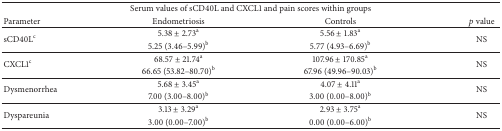
<table><thead><tr><td colspan="4"><b>Serum values of sCD40L and CXCL1 and pain scores within groups </b></td></tr><tr><td><b>Parameter</b></td><td><b>Endometriosis</b></td><td><b>Controls</b></td><td><b><i>p</i> value</b></td></tr></thead><tbody><tr><td rowspan="2">sCD40L<sup>c</sup></td><td>5.38 ± 2.73<sup>a</sup></td><td>5.56 ± 1.83<sup>a</sup></td><td rowspan="2">NS</td></tr><tr><td>5.25 (3.46–5.99)<sup>b</sup></td><td>5.77 (4.93–6.69)<sup>b</sup></td></tr><tr><td rowspan="2">CXCL1<sup>c</sup></td><td>68.57 ± 21.74<sup>a</sup></td><td>107.96 ± 170.85<sup>a</sup></td><td rowspan="2">NS</td></tr><tr><td>66.65 (53.82–80.70)<sup>b</sup></td><td>67.96 (49.96–90.03)<sup>b</sup></td></tr><tr><td rowspan="2">Dysmenorrhea</td><td>5.68 ± 3.45<sup>a</sup></td><td>4.07 ± 4.11<sup>a</sup></td><td rowspan="2">NS</td></tr><tr><td>7.00 (3.00–8.00)<sup>b</sup></td><td>3.00 (0.00–8.00)<sup>b</sup></td></tr><tr><td rowspan="2">Dyspareunia</td><td>3.13 ± 3.29<sup>a</sup></td><td>2.93 ± 3.75<sup>a</sup></td><td rowspan="2">NS</td></tr><tr><td>3.00 (0.00–7.00)<sup>b</sup></td><td>0.00 (0.00–6.00)<sup>b</sup></td></tr></tbody></table>